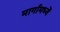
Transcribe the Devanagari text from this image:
मार्गामध्यें